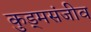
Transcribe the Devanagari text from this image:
कुड्मसंजीव